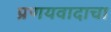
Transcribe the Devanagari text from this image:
प्रणयवादाचा